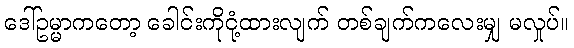
ဒေါ်ဥမ္မာကတော့ ခေါင်းကိုငုံ့ထားလျက် တစ်ချက်ကလေးမျှ မလှုပ်။